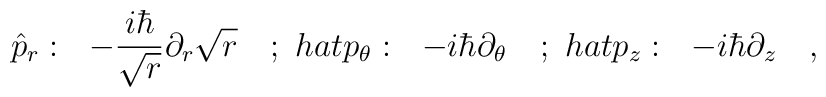
\hat{p}_r:\ \ -\frac{i\hbar}{\sqrt{r}}\partial_r\sqrt{r}\ \ \ ;\ \ \\hat{p}_\theta:\ \ -i\hbar\partial_\theta\ \ \ ;\ \ \\hat{p}_z:\ \ -i\hbar\partial_z\ \ \ ,